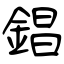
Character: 錩